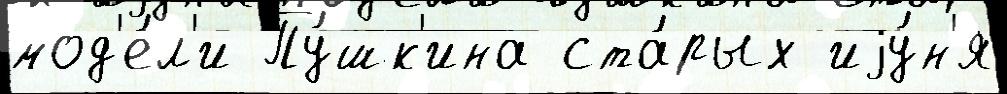
мод'е́л'и Пу́шк'ина ста́рых иjу́н'я